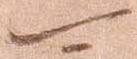
可